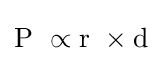
{\mathrm {P} ~\propto \mathrm {r} ~\times \mathrm {d} }